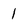
Character: 1